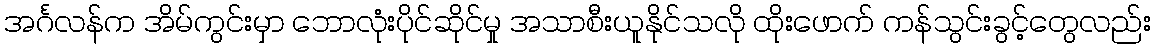
အင်္ဂလန်က အိမ်ကွင်းမှာ ဘောလုံးပိုင်ဆိုင်မှု အသာစီးယူနိုင်သလို ထိုးဖောက် ကန်သွင်းခွင့်တွေလည်း